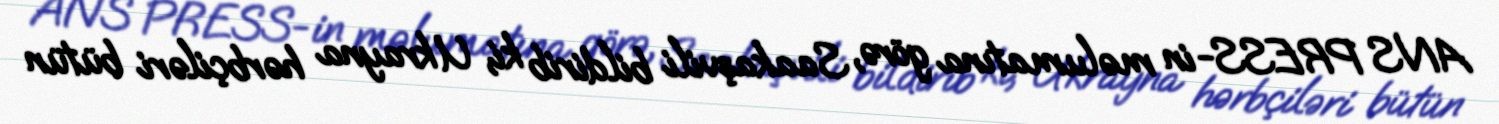
ANS PRESS-in məlumatına görə, Saakaşvili bildirib ki, Ukrayna hərbçiləri bütün